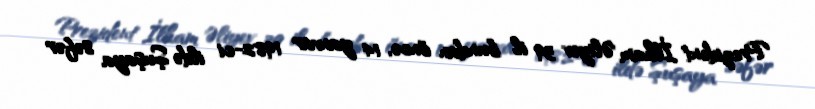
Prezident İlham Əliyev 39 il bundan öncə, 14 yanvar 1982-ci ildə Şuşaya səfər